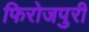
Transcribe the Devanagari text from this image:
फिरोजपुरी